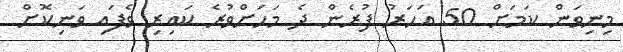
މިނިވަން ކަމަށް 50 އަހަރު ފުރެން ދެ މަހަށްވުރެ ކައިރި ވެފައި ވަނިކޮށް